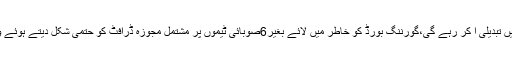
ذرائع کے مطابق ڈومیسٹک کرکٹ کے ڈھانچے میں تبدیلی آ کر رہے گی،گورننگ بورڈ کو خاطر میں لائے بغیر6صوبائی ٹیموں پر مشتمل مجوزہ ڈرافٹ کو حتمی شکل دیتے ہوئے وزیراعظم کی منظوری کیلیے پیش کردیا جائے گا۔